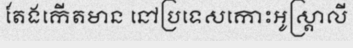
តែងកើតមាន នៅប្រទេសកោះអូស្ត្រាលី